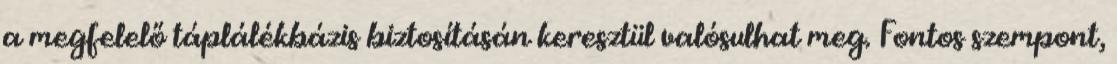
a megfelelő táplálékbázis biztosításán keresztül valósulhat meg. Fontos szempont,